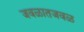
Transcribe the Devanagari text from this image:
जवळातजवळ